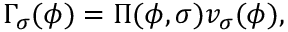
\Gamma _ { \sigma } ( \phi ) = \Pi ( \phi , \sigma ) v _ { \sigma } ( \phi ) ,